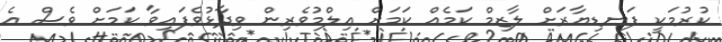
ކުރުމަކީ ފަނޑިޔާރަށް ލާޒިމް ކަމެއް ކަމަށް އިލްމުވެރިން ވިދާޅުވެފައިވާ ކަމަށް ވެސް އެ